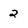
Character: 2